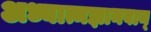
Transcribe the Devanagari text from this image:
अध्यात्मज्ञानवान्